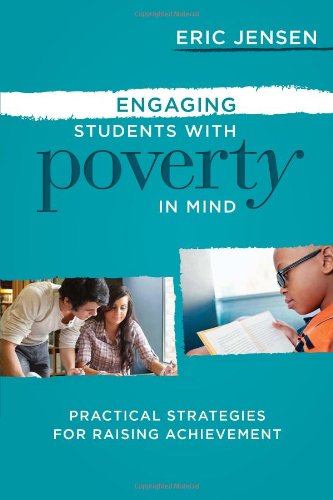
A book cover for Engaging Students with Poverty in Mind: Practical Strategies for Raising Achievement; Eric Jensen; Education & Teaching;